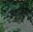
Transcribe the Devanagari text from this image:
उठावांचे